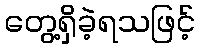
တွေ့ရှိခဲ့ရသဖြင့်